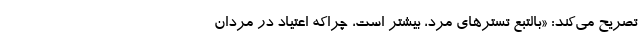
تصریح می‌کند: «بالتبع تسترهای مرد، بیشتر است، چراکه اعتیاد در مردان